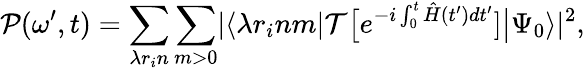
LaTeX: \mathcal{P}(\omega^{\prime},t)=\sum_{\lambda r_{i}n}\sum_{m>0}\rvert\langle\lambda r_{i}nm|\mathcal{T}\big[e^{-i\int_{0}^{t}\hat{H}(t^{\prime})dt^{\prime}}]\big|\Psi_{0}\rangle\rvert^{2},